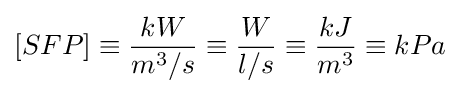
[SFP]\equiv {kW \over m^{3}/s}\equiv {W \over l/s}\equiv {kJ \over m^{3}}\equiv {kPa}